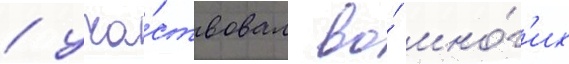
/ уча́ствовал во́ мно́г'их